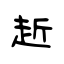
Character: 赾